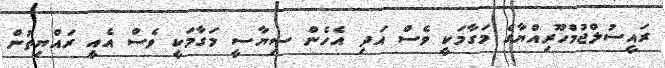
ރައީސުލްޖުމްހޫރިއްޔާގެ މަގާމަކީ ވެސް އަދި އެހެން ސިޔާސީ މަގާމަކީ ވެސް އެއީ ރައްޔިތުން